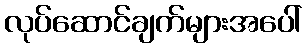
လုပ်ဆောင်ချက်များအပေါ်